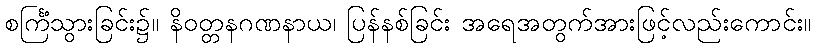
စင်္ကြံသွားခြင်း၌။ နိဝတ္တနဂဏနာယ၊ ပြန်နစ်ခြင်း အရေအတွက်အားဖြင့်လည်းကောင်း။